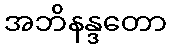
အဘိနန္ဒတော